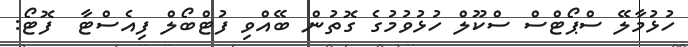
ހުޅުމާލޭ ސްޕޯޓްސް ސްކޫލް ހުޅުވުމުގެ ގޮތުން ބޭއްވި ފުޓްބޯލް ފިއެސްޓާ  ފޮޓޯ: